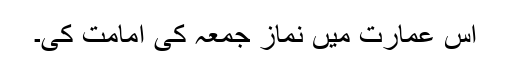
اس عمارت میں نماز جمعہ کی امامت کی۔